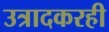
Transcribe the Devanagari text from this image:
उत्रादकरही